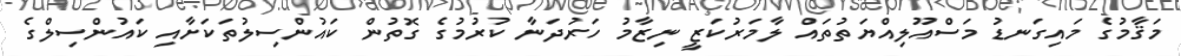
މަޤާމުގެ މައިގަނޑު މަސްއޫލިއްޔަތުތައް ލާމަރުކަޒީ ނިޒާމު ހަރުދަނާ ކުރުމުގެ ގޮތުން ކައުންސިލުތަކަށާއި ކައުންސިލްގެ